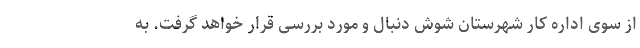
از سوی اداره کار شهرستان شوش دنبال و مورد بررسی قرار خواهد گرفت. به